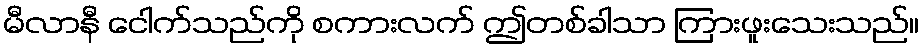
မီလာနီ ငေါက်သည်ကို စကားလက် ဤတစ်ခါသာ ကြားဖူးသေးသည်။